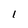
Character: 1